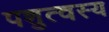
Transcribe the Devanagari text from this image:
पशुत्वस्य